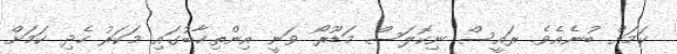
ކަމަށް ބުނެއެވެ. ރައީސް ނިކޮލަސް މަޑޫރޯ ވަނީ އިންތިޚާބުގައި މަކަރުު ހެދި ކަމަށް